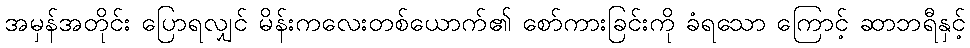
အမှန်အတိုင်း ပြောရလျှင် မိန်းကလေးတစ်ယောက်၏ စော်ကားခြင်းကို ခံရသော ကြောင့် ဆာဘရီနှင့်